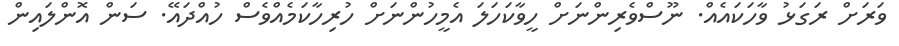
ވަރަށް ރަގަޅު ވާހަކައެއް. ނޫސްވެރިންނަށް ހީވާކަހަލަ އެމީހުންނަށް ހުރިހާކަމެއްވެސް ހުއްދައޭ. ސަން އޮންލައިން